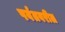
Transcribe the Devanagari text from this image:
पर्वतवरील